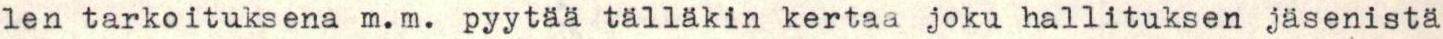
len tarkoituksena m.m. pyytää tälläkin kertaa joku hallituksen jäsenistä